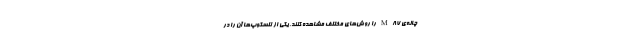
چاله‌ی M۸۷ را روش‌های مختلف مشاهده کنند. یکی از تلسکوپ‌ها آن را در